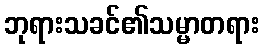
ဘုရားသခင်၏သမ္မာတရား